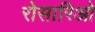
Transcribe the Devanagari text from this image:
रोसारिओ